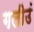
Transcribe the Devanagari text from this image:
गलीउं